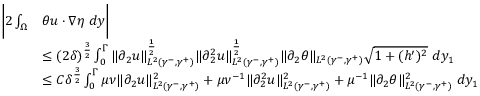
\begin{array} { r l } { \bigg | 2 \int _ { \Omega } } & { \theta u \cdot \nabla \eta \ d y \bigg | } \\ & { \leq ( 2 \delta ) ^ { \frac { 3 } { 2 } } \int _ { 0 } ^ { \Gamma } \| \partial _ { 2 } u \| _ { L ^ { 2 } ( \gamma ^ { - } , \gamma ^ { + } ) } ^ { \frac { 1 } { 2 } } \| \partial _ { 2 } ^ { 2 } u \| _ { L ^ { 2 } ( \gamma ^ { - } , \gamma ^ { + } ) } ^ { \frac { 1 } { 2 } } \| \partial _ { 2 } \theta \| _ { L ^ { 2 } ( \gamma ^ { - } , \gamma ^ { + } ) } \sqrt { 1 + ( h ^ { \prime } ) ^ { 2 } } \ d y _ { 1 } } \\ & { \leq C \delta ^ { \frac { 3 } { 2 } } \int _ { 0 } ^ { \Gamma } \mu \nu \| \partial _ { 2 } u \| _ { L ^ { 2 } ( \gamma ^ { - } , \gamma ^ { + } ) } ^ { 2 } + \mu \nu ^ { - 1 } \| \partial _ { 2 } ^ { 2 } u \| _ { L ^ { 2 } ( \gamma ^ { - } , \gamma ^ { + } ) } ^ { 2 } + \mu ^ { - 1 } \| \partial _ { 2 } \theta \| _ { L ^ { 2 } ( \gamma ^ { - } , \gamma ^ { + } ) } ^ { 2 } \ d y _ { 1 } } \end{array}